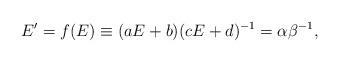
LaTeX: \begin{align*}E' = f(E) \equiv (aE+b)(cE+d)^{-1} = \alpha \beta^{-1},\end{align*}